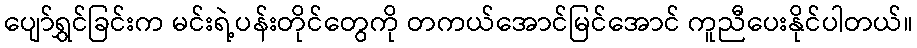
ပျော်ရွှင်ခြင်းက မင်းရဲ့ပန်းတိုင်တွေကို တကယ်အောင်မြင်အောင် ကူညီပေးနိုင်ပါတယ်။